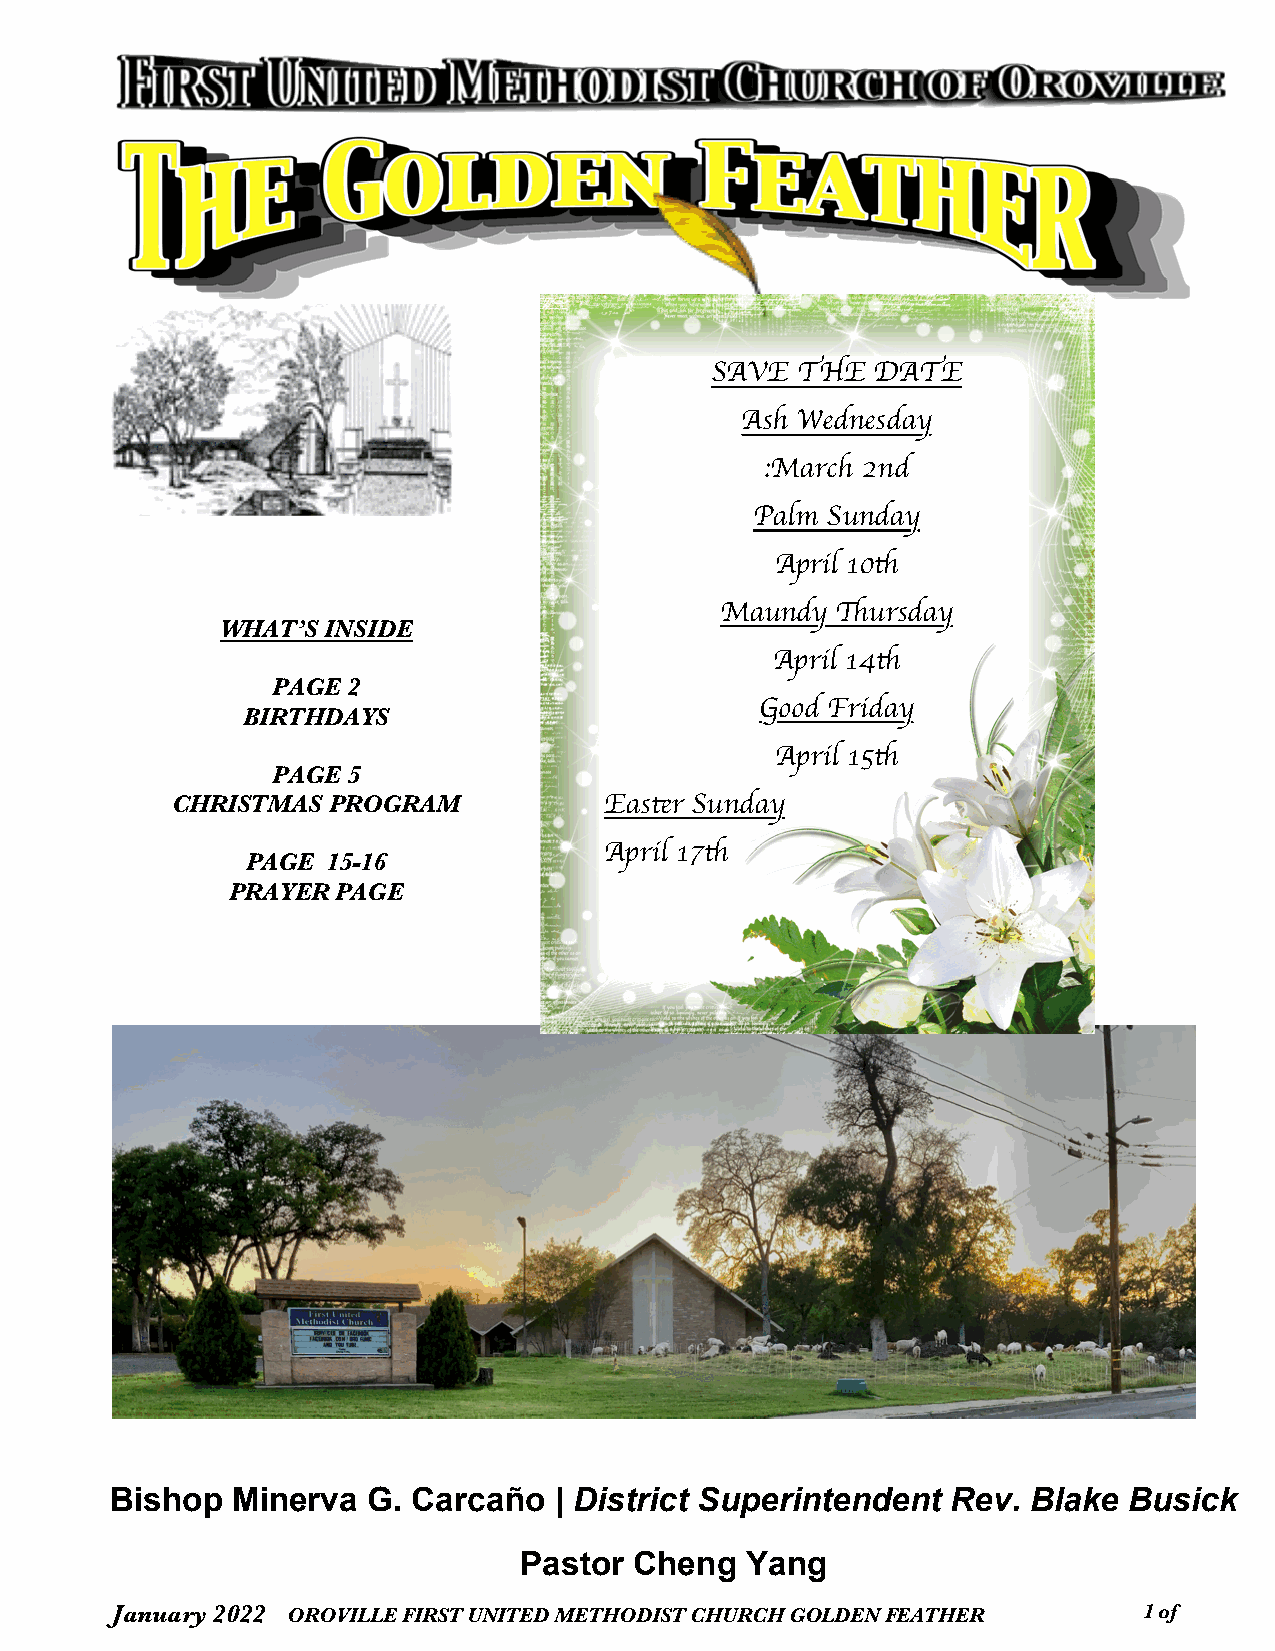
SAVE  THE  DATE
 Ash Wednesday
 :March 2nd
 Palm Sunday
 April 10!
 Maundy "ursday
 WHAT’S INSIDE
 April 14!
 PAGE 2
 BIRTHDAYS                         Good Friday
 April 15!
 PAGE 5
 CHRISTMAS  PROGRAM           Eas#r Sunday
 April 17!
 PAGE  15-16
 PRAYER PAGE
 Bishop  Minerva  G. Carcaño   | District Superintendent Rev. Blake  Busick
 Pastor  Cheng  Yang
 January 2022 OROVILLE FIRST UNITED METHODIST CHURCH GOLDEN FEATHER   1 o f